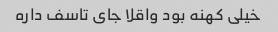
خیلی کهنه بود واقلا جای تاسف داره